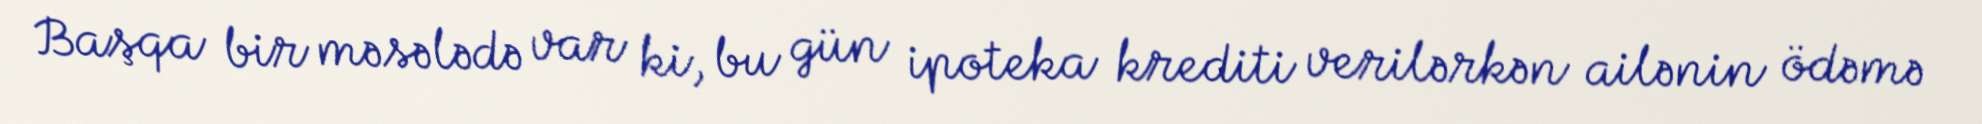
Başqa bir məsələdə var ki, bu gün ipoteka krediti verilərkən ailənin ödəmə